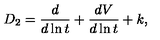
D _ { 2 } = \frac { d } { d \ln t } + \frac { d V } { d \ln t } + k ,